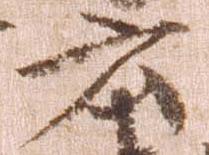
云